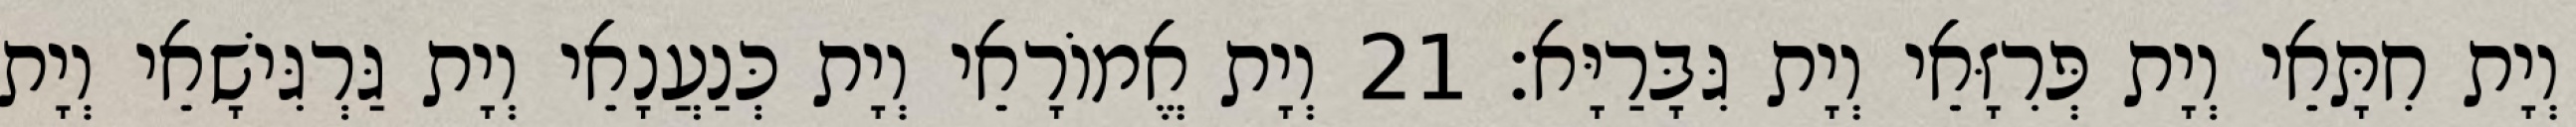
וְיָת חִתָּאֵי וְיָת פְּרִזָּאֵי וְיָת גִּבָּרַיָּא׃ 21 וְיָת אֱמוֹרָאֵי וְיָת כְּנַעֲנָאֵי וְיָת גַּרְגִּישָׁאֵי וְיָת